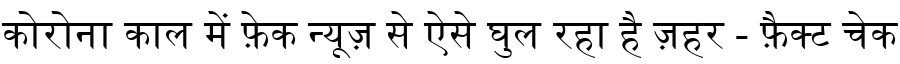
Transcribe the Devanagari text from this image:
कोरोना काल में फ़ेक न्यूज़ से ऐसे घुल रहा है ज़हर - फ़ैक्ट चेक